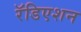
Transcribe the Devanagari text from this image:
रॅडिएशन